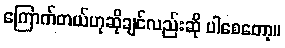
ကြောက်တယ်ဟုဆိုချင်လည်းဆို ပါစေတော့။